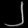
Digit: ၂